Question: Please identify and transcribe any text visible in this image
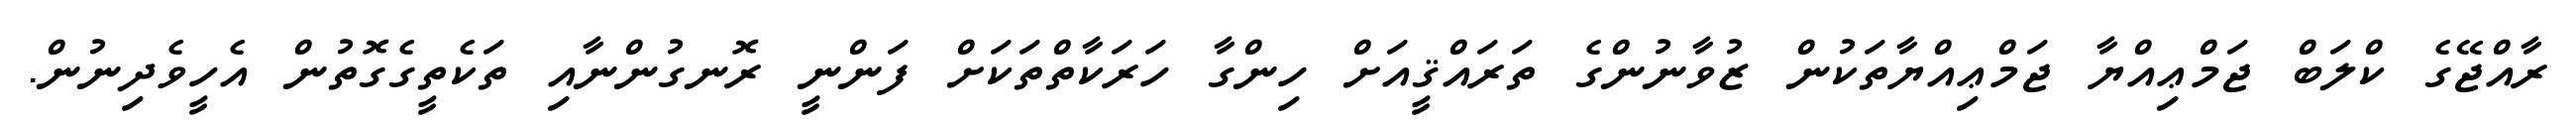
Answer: ރާއްޖޭގެ ކްލަބް ޖަމްޢިއްޔާ ޖަމްޢިއްޔާތަކުން ޒުވާނުންގެ ތަރައްޤީއަށް ހިންގާ ހަރަކާތްތަކަށް ފަންނީ ރޮނގުންނާއި ތަކެތީގެގޮތުން އެހީވެދިނުން.